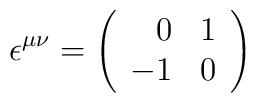
\epsilon ^{\mu \nu }=\left( \begin{array}{rc}0 & 1\\-1 & 0\end{array}\right)